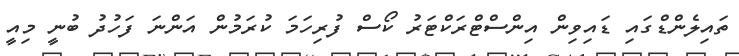
ތައިލެންޑްގައި ޑައިވިން އިންސްޓްރަކްޓަރު ކޯސް ފުރިހަމަ ކުރަމުން އަންނަ ފަހުދު ބުނީ މިއީ